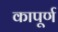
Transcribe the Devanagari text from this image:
कापूर्ण